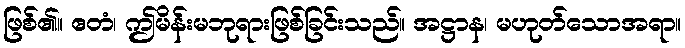
ဖြစ်၏။ ဧတံ၊ ဤမိန်းမဘုရားဖြစ်ခြင်းသည်။ အဋ္ဌာန၊ မဟုတ်သောအရာ။